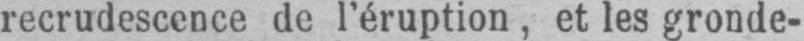
recrudescence de l’éruption, et les gronde-